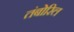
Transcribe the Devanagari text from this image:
तंबोरिल